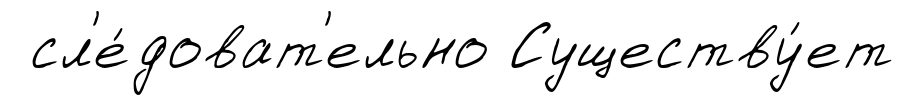
сл'е́доват'ельно Существу́ет